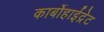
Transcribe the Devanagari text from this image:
कार्बोहाईद्रेट